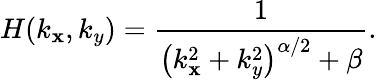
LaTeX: H(k_{\mathbf{x}},k_{y})=\frac{{1}}{{\left(k_{\mathbf{x}}^{2}+k_{y}^{2}\right)^{\alpha/2}+\beta}}.